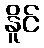
နိူင်